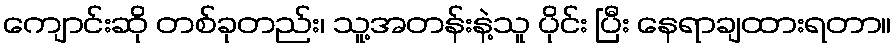
ကျောင်းဆို တစ်ခုတည်း၊ သူ့အတန်းနဲ့သူ ပိုင်း ပြီး နေရာချထားရတာ။